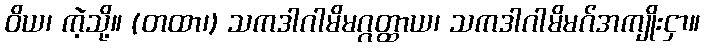
ဝိယ၊ ကဲ့သို့။ (တထာ၊) သကဒါဂါမိမဂ္ဂတ္ထာယ၊ သကဒါဂါမိမဂ်အကျိုးငှာ။